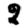
Digit: 8